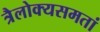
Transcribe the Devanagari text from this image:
त्रैलोक्यसमतां